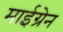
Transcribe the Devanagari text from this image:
माईग्रेन